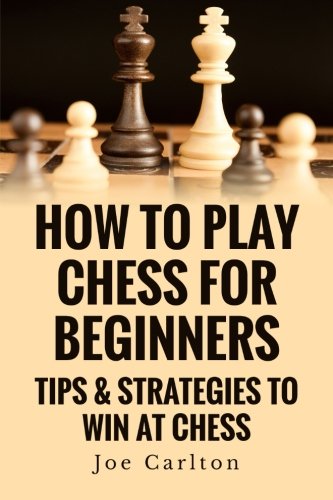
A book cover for How To Play Chess For Beginners: Tips & Strategies To Win At Chess; Mr Joe Carlton; Humor & Entertainment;